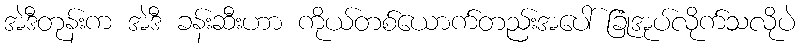
အဲဒီတုန်းက အဲဒီ ခန်းဆီးဟာ ကိုယ်တစ်ယောက်တည်းအပေါ် ခြုံအုပ်လိုက်သလိုပဲ